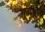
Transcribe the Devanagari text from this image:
मदथिल